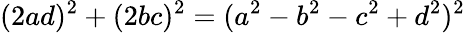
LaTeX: (2ad)^{2}+(2bc)^{2}=(a^{2}-b^{2}-c^{2}+d^{2})^{2}